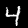
Label: 4